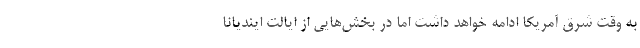
به وقت شرق آمریکا ادامه خواهد داشت اما در بخش‌هایی از ایالت ایندیانا